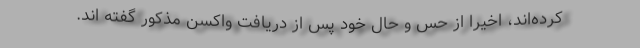
کرده‌اند، اخیرا از حس و حال خود پس از دریافت واکسن مذکور گفته اند.